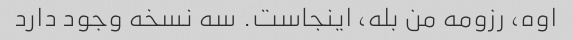
اوه، رزومه من بله، اینجاست. سه نسخه وجود دارد